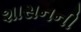
શાસનની